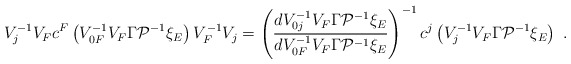
\begin{align*}V_j^{-1}V_Fc^F\left( V_{0F}^{-1}V_F\Gamma {\cal P}^{-1}\xi _E\right) V_F^{-1}V_j=\left(\frac{dV_{0j}^{-1}V_F\Gamma {\cal P}^{-1}\xi _E}{dV_{0F}^{-1}V_F\Gamma {\cal P}^{-1}\xi _E}\right) ^{-1}c^j\left( V^{-1}_jV_F\Gamma {\cal P}^{-1}\xi _E\right) \ .\end{align*}